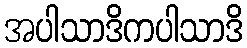
အပါသာဒိကပါသာဒိ